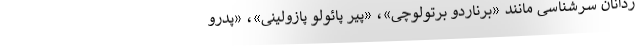
ردانان سرشناسی مانند «برناردو برتولوچی»، «پیر پائولو پازولینی‌»، «پدرو